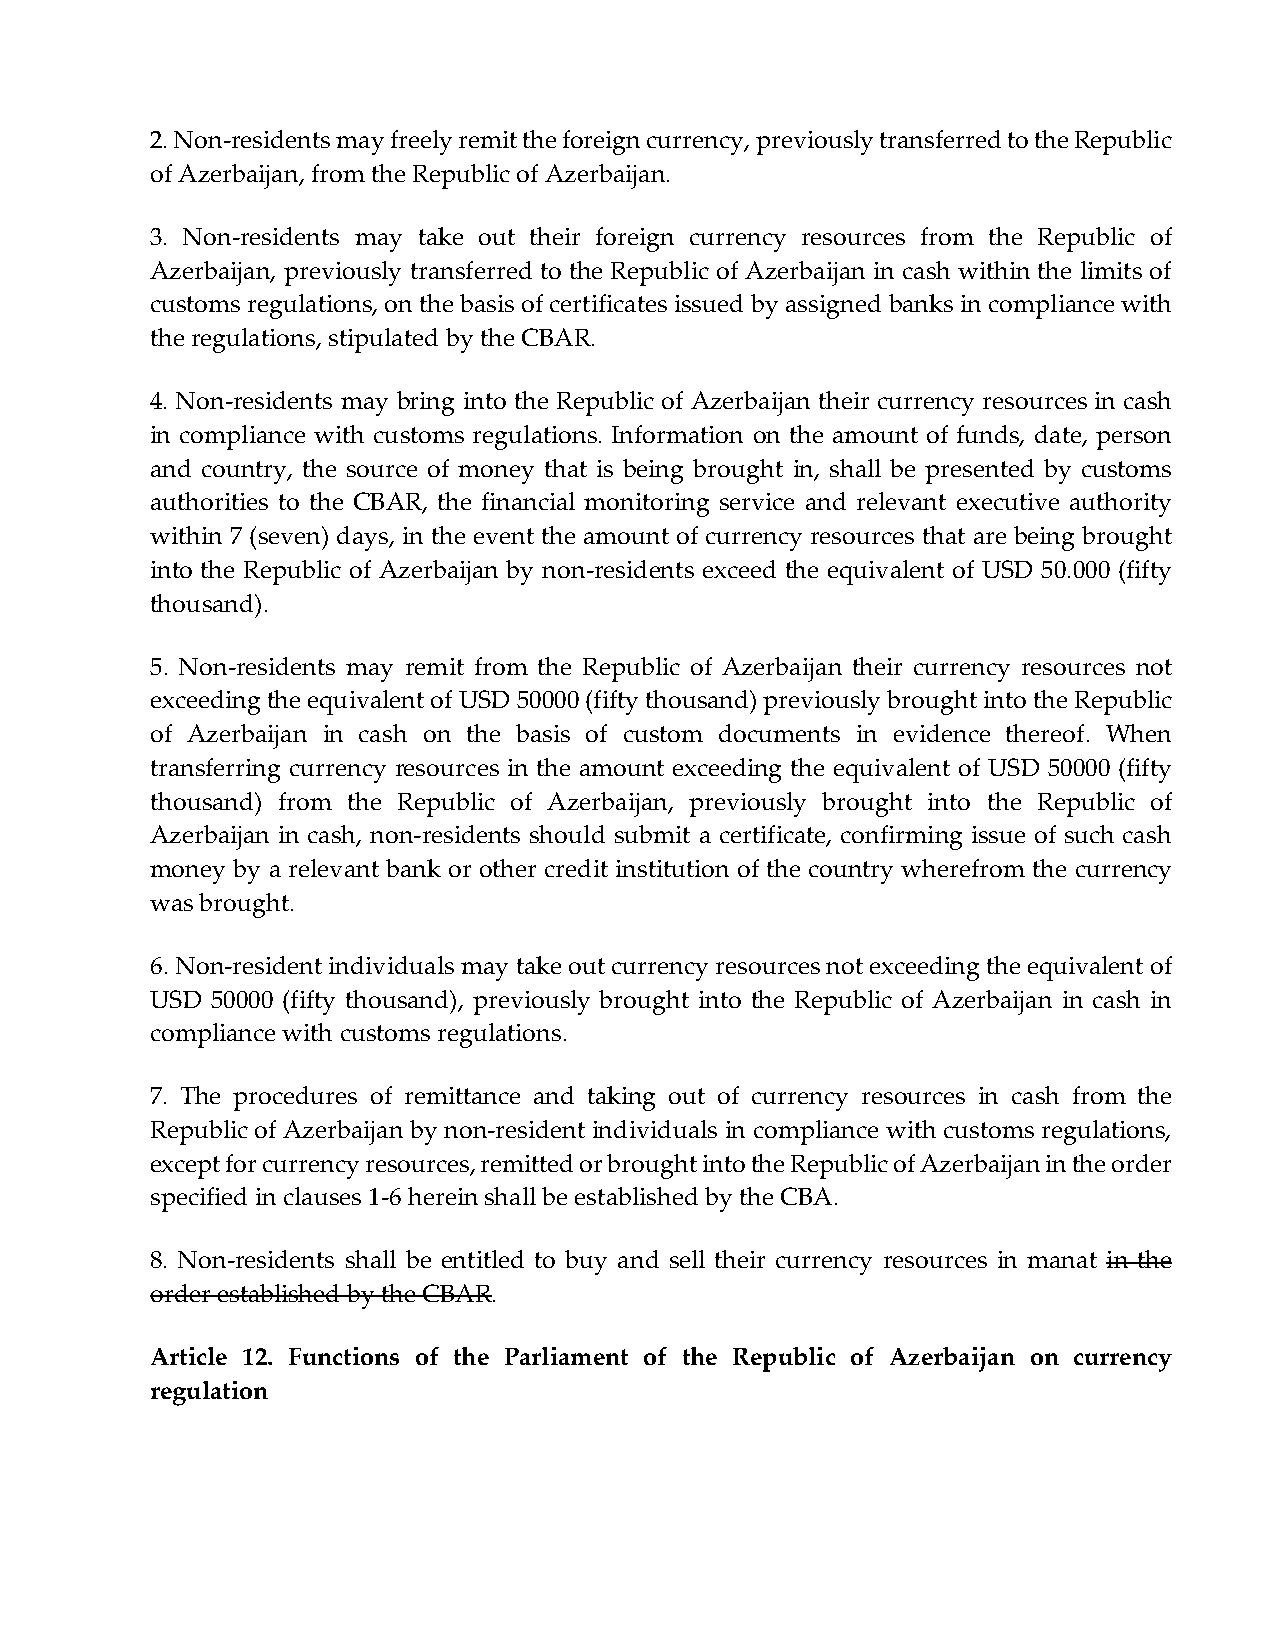
2. Non-residents may freely remit the foreign currency, previously transferred to the Republic
 of Azerbaijan, from the Republic of Azerbaijan.
 3. Non-residents may take out their foreign currency resources from the Republic of
 Azerbaijan, previously transferred to the Republic of Azerbaijan in cash within the limits of
 customs regulations, on the basis of certificates issued by assigned banks in compliance with
 the regulations, stipulated by the CBAR.
 4. Non-residents may bring into the Republic of Azerbaijan their currency resources in cash
 in compliance with customs regulations. Information on the amount of funds, date, person
 and country, the source of money that is being brought in, shall be presented by customs
 authorities to the CBAR, the financial monitoring service and relevant executive authority
 within 7 (seven) days, in the event the amount of currency resources that are being brought
 into the Republic of Azerbaijan by non-residents exceed the equivalent of USD 50.000 (fifty
 thousand).
 5. Non-residents may remit from the Republic of Azerbaijan their currency resources not
 exceeding the equivalent of USD 50000 (fifty thousand) previously brought into the Republic
 of Azerbaijan in cash on the basis of custom documents in evidence thereof. When
 transferring currency resources in the amount exceeding the equivalent of USD 50000 (fifty
 thousand) from the Republic of Azerbaijan, previously brought into the Republic of
 Azerbaijan in cash, non-residents should submit a certificate, confirming issue of such cash
 money by a relevant bank or other credit institution of the country wherefrom the currency
 was brought.
 6. Non-resident individuals may take out currency resources not exceeding the equivalent of
 USD 50000 (fifty thousand), previously brought into the Republic of Azerbaijan in cash in
 compliance with customs regulations.
 7. The procedures of remittance and taking out of currency resources in cash from the
 Republic of Azerbaijan by non-resident individuals in compliance with customs regulations,
 except for currency resources, remitted or brought into the Republic of Azerbaijan in the order
 specified in clauses 1-6 herein shall be established by the CBA.
 8. Non-residents shall be entitled to buy and sell their currency resources in manat in the
 order established by the CBAR.
 Article 12. Functions of the Parliament of the Republic of Azerbaijan on currency
 regulation